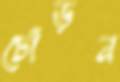
ঢোঁড়ন